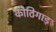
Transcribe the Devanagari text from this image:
कोठिगाड़